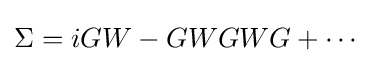
\Sigma =iGW-GWGWG+\cdots